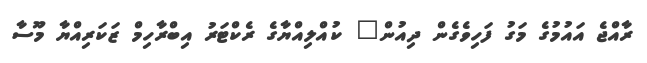
ރާއްޖެ އައުމުގެ މަގު ފަހިވެގެން ދިއުން" ކުއްލިއްޔާގެ ރެކްޓަރު އިބްރާހިމް ޒަކަރިއްޔާ މޫސާ